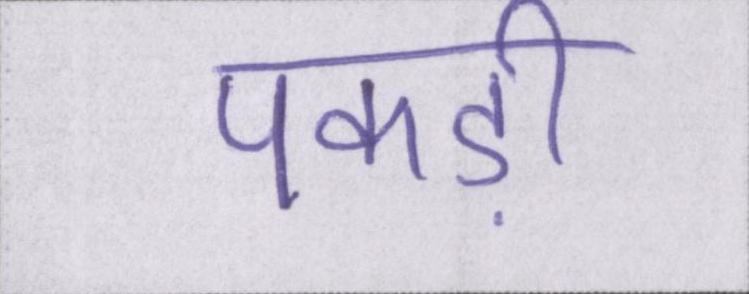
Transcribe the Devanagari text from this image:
पकड़ी